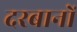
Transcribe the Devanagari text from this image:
दरबानों